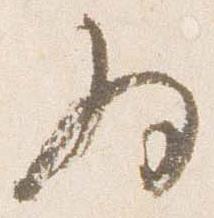
為